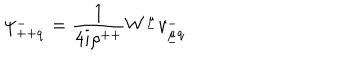
LaTeX: \psi _ { + + \dot { q } } ^ { - } = { \frac { 1 } { 4 i \rho ^ { + + } } } W ^ { \underline { { { \mu } } } } v _ { \underline { { { \mu } } } \dot { q } } ^ { - }